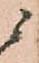
ニ